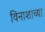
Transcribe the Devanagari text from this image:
विनाशाच्या